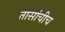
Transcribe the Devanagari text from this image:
तासांचीच